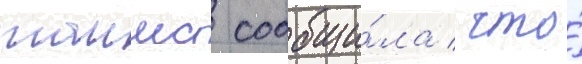
таимс сообщи́ла / что́